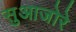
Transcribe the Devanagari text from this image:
सुआजोरे